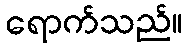
ရောက်သည်။